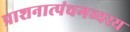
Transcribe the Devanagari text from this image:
प्राशनात्पंचगव्यस्य